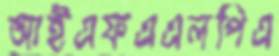
আইএফএএলপিএ